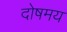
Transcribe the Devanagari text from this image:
दोषमय